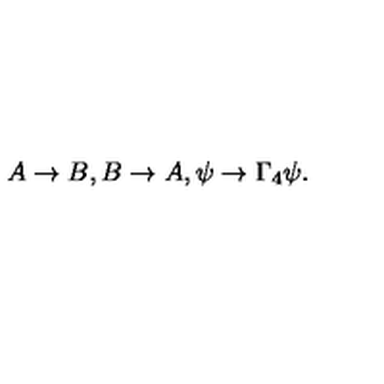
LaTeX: A \rightarrow B , B \rightarrow A , \psi \rightarrow \Gamma _ { 4 } \psi .